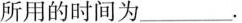
所用的时间为___.